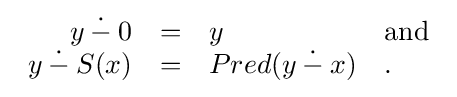
{\begin{array}{rcll}y\mathbin {\dot {-}} 0&=&y&{\text{and}}\\y\mathbin {\dot {-}} S(x)&=&Pred(y\mathbin {\dot {-}} x)&.\\\end{array}}